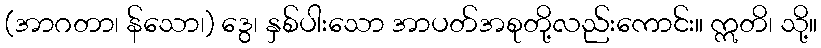
(အာဂတာ၊ န်သော၊) ဒွေ၊ နှစ်ပါးသော အာပတ်အစုတို့လည်းကောင်း။ ဣတိ၊ သို့။